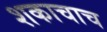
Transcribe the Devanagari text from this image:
शकाचाच